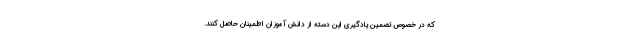
که در خصوص تضمین یادگیری این دسته از دانش آموزان اطمینان حاصل کنند.